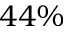
4 4 \%